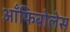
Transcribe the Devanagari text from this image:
आँफिबोलेस